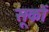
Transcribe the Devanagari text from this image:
सूकों